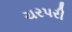
ચરપરી